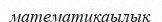
математикаылық